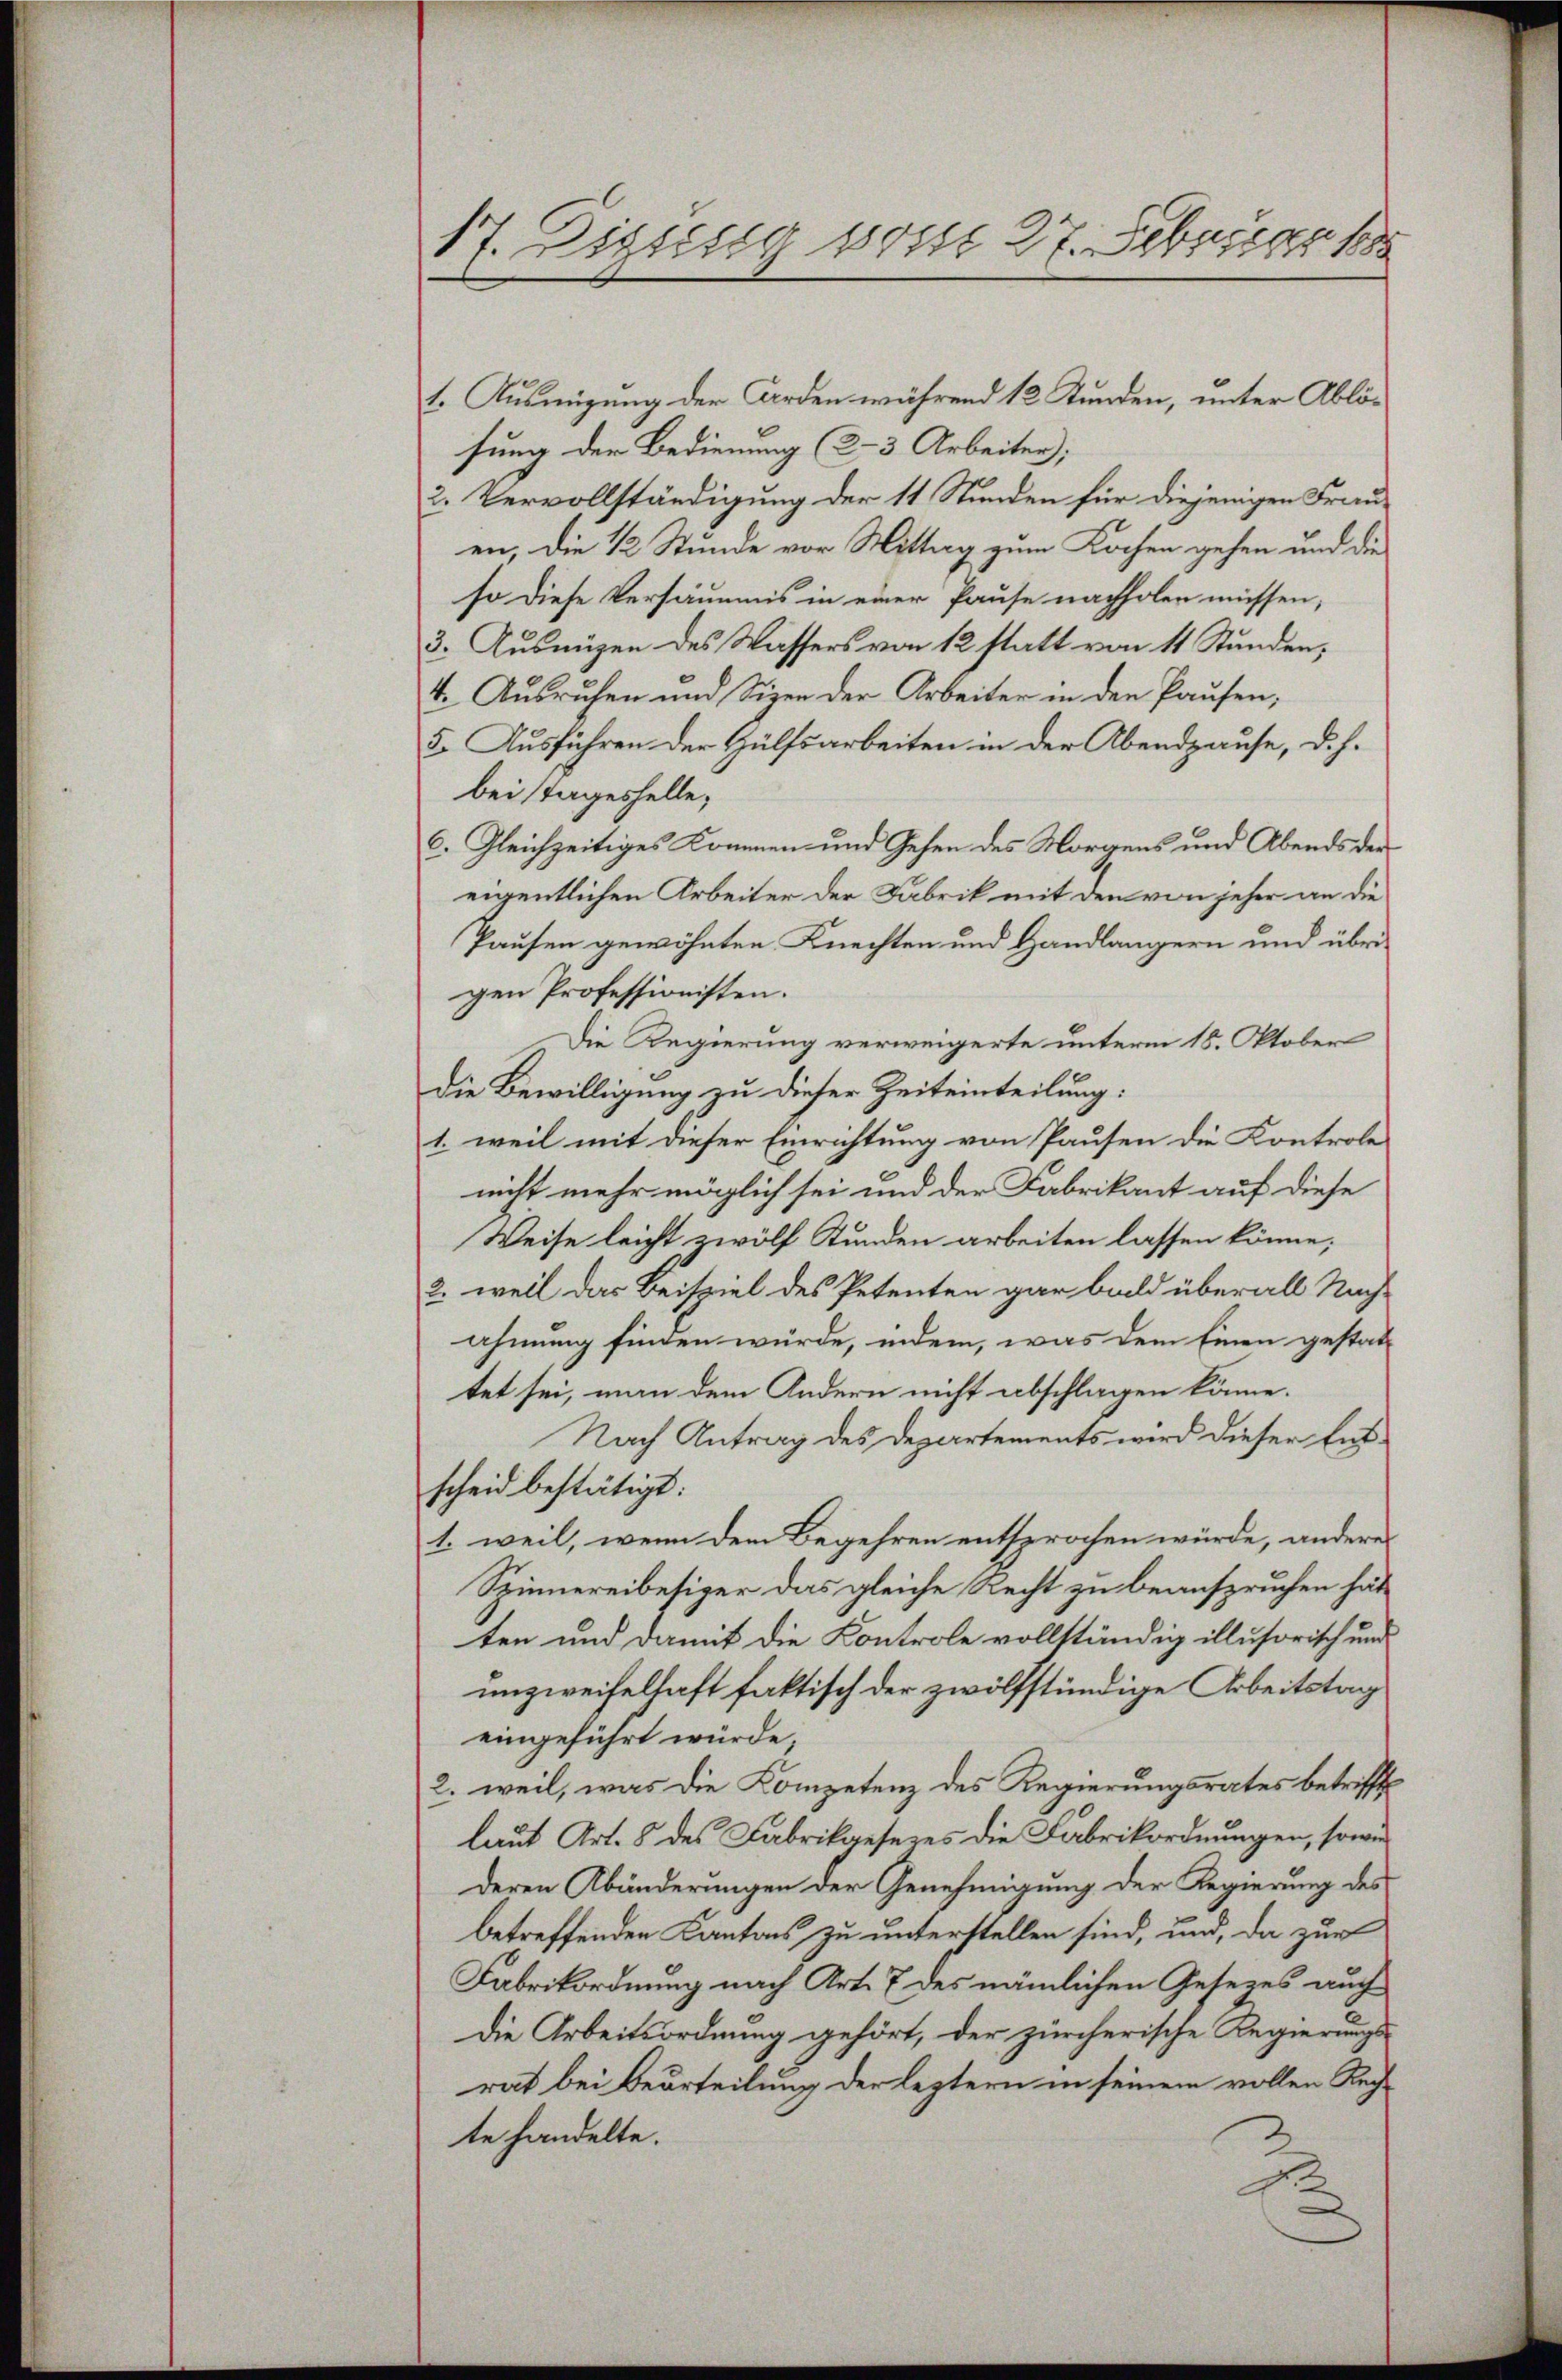
17. Dissesig sonst 27. Februar 18

t. Ausmigung der Erden während 12 Stunden, unter Ablösung der Bedienung (2-3 Arbeiter;
2. Vervollständigung der 11 Stunden für diejenigen Frauen, die 12 Stunde vor Mittag zum Kochen gehen und die
so diese Versäumnis in einer Pause nachholen müssen,
3. Ausnügen des Wassers von 12 statt von 11 Stunden,
4. Ausruhen und Sizen der Arbeiter in den Pausen,
5. Ausführen der Hülfsarbeiten in der Abendpause, d. h.
beistageshelle;
c. Gleichzeitiges Kommen und Gesen des Morgens und Abends der
eigentlichen Arbeiter der Fabrik mit den von jeher an die
Pausen gewöhnten Knechten und Handlängern und übrigen Professionisten.
Die Regierung verweigerte unterm 18. Oktober
Die Bewilligung zu dieser Zeiteinteilung:
1. weil mit dieser Einrichtung von Pausen die Kontrole
nicht mehr möglich sei und der Fabrikant auf diese
Weise leicht zwölf Stunden arbeiten lassen könne;
2. weil das Beispiel des Petenten gar bald überall Nachahmung finden würde, indem, was dem Einen gestatttet sei, man dem Andern nicht abschlagen könne.
Nach Antrag des Departements wird dieser Entscheid bestätigt:
1. weil, wenn dem Begehren entsprochen würde, andere
Spinnereibesiger das gleiche Recht zu beanspruchen hätten und damit die Kontrole vollständig illusorisch und
unzweifelhaft faktisch der zwölfstündige Arbeitstag
eingeführt würde;
2. weil, was die Kompetenz des Regierungsrates betrifft
laut Art. 5 des Fabrikgesezes die Fabrikordnungen, sowie
deren Abänderungen der Genehmigung der Regierung des
betreffenden Kantons zu unterstellen sind, und, da zur
Fabrikordnung nach Art. 7 des nämlichen Gesezes auch
Die Arbeitsordnung gehört, der zürcherische Regierungs-
rat bei Beurteilung der leztern in seinem vollen Rechte handelte.
D